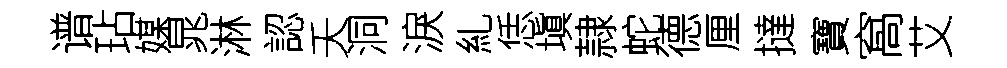
谱玷媒晁淋認夭洞淚糺恁塡隷蛇德厘撻寶窩艾